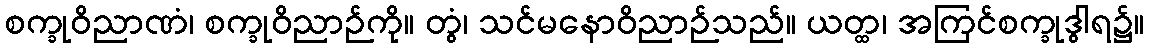
စက္ခုဝိညာဏံ၊ စက္ခုဝိညာဉ်ကို။ တွံ၊ သင်မနောဝိညာဉ်သည်။ ယတ္ထ၊ အကြင်စက္ခုဒွါရ၌။